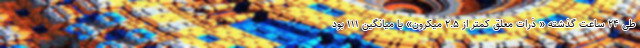
طی ۲۴ ساعت گذشته « ذرات معلق کمتر از ۲.۵ میکرون» با میانگین ۱۱۱ بود